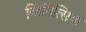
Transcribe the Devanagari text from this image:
व्हिनित्सिया